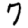
Digit: 7